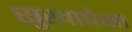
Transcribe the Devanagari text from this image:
सुखापेक्षा